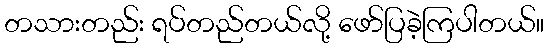
တသားတည်း ရပ်တည်တယ်လို့ ဖော်ပြခဲ့ကြပါတယ်။